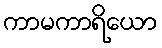
ကာမကာရိယော